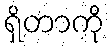
ရှိတာကို